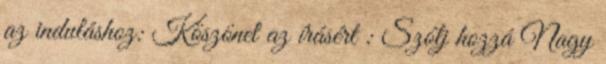
az induláshoz: Köszönet az írásért : Szólj hozzá Nagy